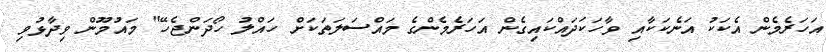
އަހަރެމެން އެކަކު އަނެކަކާއި ވާހަކަދައްކައިގެން އަހަރެމެންގެ މައްސަލަތަކަށް ހައްލު ހޯދަންޖެހޭ" މައުމޫން ވިދާޅުވި